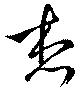
想